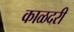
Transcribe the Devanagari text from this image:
काळदरी